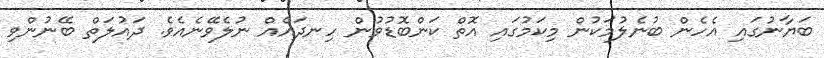
ބަޔާނުގައި އެހެން ބުނެލުމަކުން މިކަމުގައި އޮތް ކަންބޮޑުވުން ހިނދައެއް ނުލެވޭނެއެވެ. ދައުލަތް ބޭނުންވި